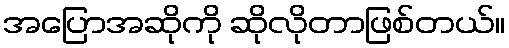
အပြောအဆိုကို ဆိုလိုတာဖြစ်တယ်။